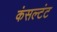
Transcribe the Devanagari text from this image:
कंसल्टंट